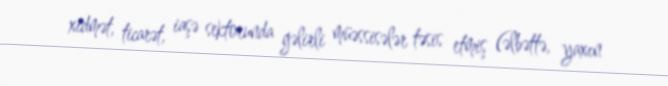
xidmət, ticarət, iaşə sektorunda gəlirli müəssisələr təsis etmiş (əlbəttə, yaxın